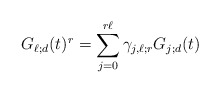
\begin{align*}G_{\ell;d}(t)^r =\sum_{j=0}^{r \ell} \gamma_{j,\ell; r} G_{j;d}(t)\end{align*}